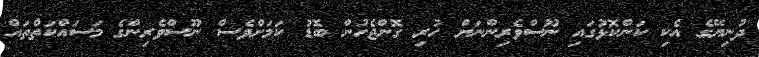
ދުނިޔޭގެ އެކި ކަންކޮޅުގައި ނޫސްވެރިންނަށް ހުރި ގޮންޖެހުން ބޮޑު ކަމަށްވެސް ނޫސްވެރިންގެ މަސައްކަތްތައް